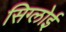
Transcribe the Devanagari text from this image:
सिग्लोई